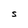
Character: S